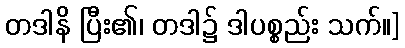
တဒါနိ ပြီး၏၊ တဒါ၌ ဒါပစ္စည်း သက်။]